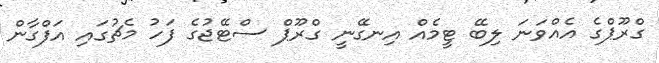
ގްރޫޕްގެ އެއްވަނަ ލިބޭ ޓީމެއް އިނގޭނީ ގްރޫޕް ސްޓޭޖުގެ ފަހު މެޗުގައި އަފްގާން